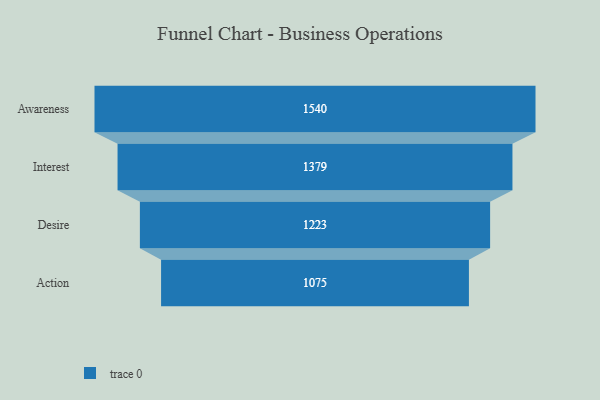
{"axis": {"x": "Stage", "y": "Value"}, "legend": [""], "data": [{"x": "Awareness", "y": 1540.0, "type": ""}, {"x": "Interest", "y": 1379.0, "type": ""}, {"x": "Desire", "y": 1223.0, "type": ""}, {"x": "Action", "y": 1075.0, "type": ""}]}